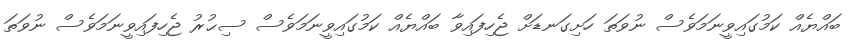
ބައްޔެއް ކަމުގައިވީނަމަވެސް ނުވަތަ ހަށިގަނޑަށް ޖެހިފައިވާ ބައްޔެއް ކަމުގައިވީނަމަވެސް ސިޙުރު ޖެހިފައިވީނަމަވެސް ނުވަތަ